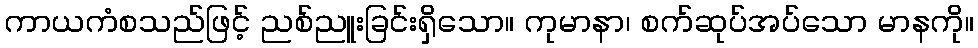
ကာယကံစသည်ဖြင့် ညစ်ညူးခြင်းရှိသော။ ကုမာနာ၊ စက်ဆုပ်အပ်သော မာနကို။